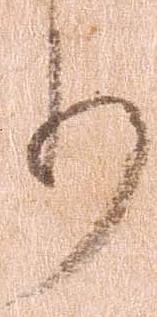
り